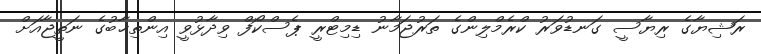
ރަޝިޔާގެ ރިޔާސީ ގަނޑުވަރު ކްރެމްލިންގެ ތަރުޖަމާނު ޑިމިޓްރީ ޕެސްކޯފް ވިދާޅުވީ އިންތިޚާބުގެ ނަތީޖާއަށް